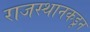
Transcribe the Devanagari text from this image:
राजस्थानकडून